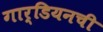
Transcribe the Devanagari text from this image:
गार्डियनची